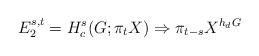
LaTeX: \begin{align*}E_2^{s,t}=H_c^s(G; \pi_tX) \Rightarrow \pi_{t-s}X^{h_dG}\end{align*}